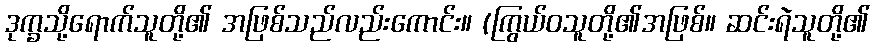
ဒုက္ခသို့ရောက်သူတို့၏ အဖြစ်သည်လည်းကောင်း။ (ကြွယ်ဝသူတို့၏အဖြစ်။ ဆင်းရဲသူတို့၏